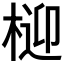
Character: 𭪧